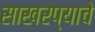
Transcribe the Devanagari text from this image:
साखरप्याचे